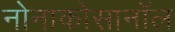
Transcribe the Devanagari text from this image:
नोनाकोसानॉल